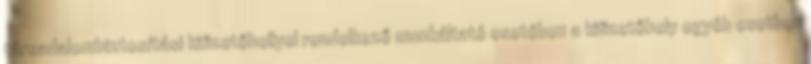
társadalombiztosítási kifizetőhellyel rendelkező munkáltató esetében a kifizetőhely egyéb esetben